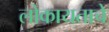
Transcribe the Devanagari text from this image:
लोकायताचे